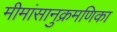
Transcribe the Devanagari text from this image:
मीमांसानुक्रमणिका